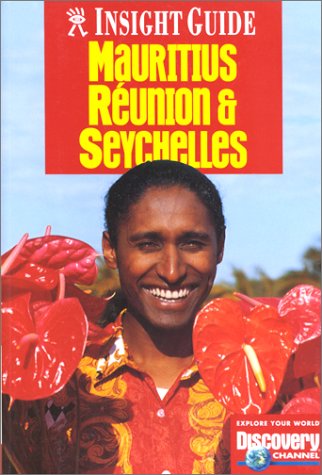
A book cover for Mauritius & Seychelles (Insight Guide Mauritius & Seychelles); Emily Hatchwell; Travel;